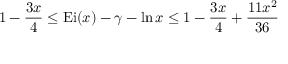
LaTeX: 1 - { \frac { 3 x } { 4 } } \leq \mathrm { { E i } } ( x ) - \gamma - \ln x \leq 1 - { \frac { 3 x } { 4 } } + { \frac { 1 1 x ^ { 2 } } { 3 6 } }